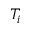
T _ { i }